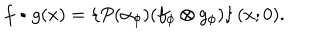
f \bullet g ( x ) = \left\{ P ( \alpha _ { \phi } ) ( f _ { \phi } \otimes g _ { \phi } ) \right\} ( x ; 0 ) .